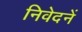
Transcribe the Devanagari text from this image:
निवेदनें